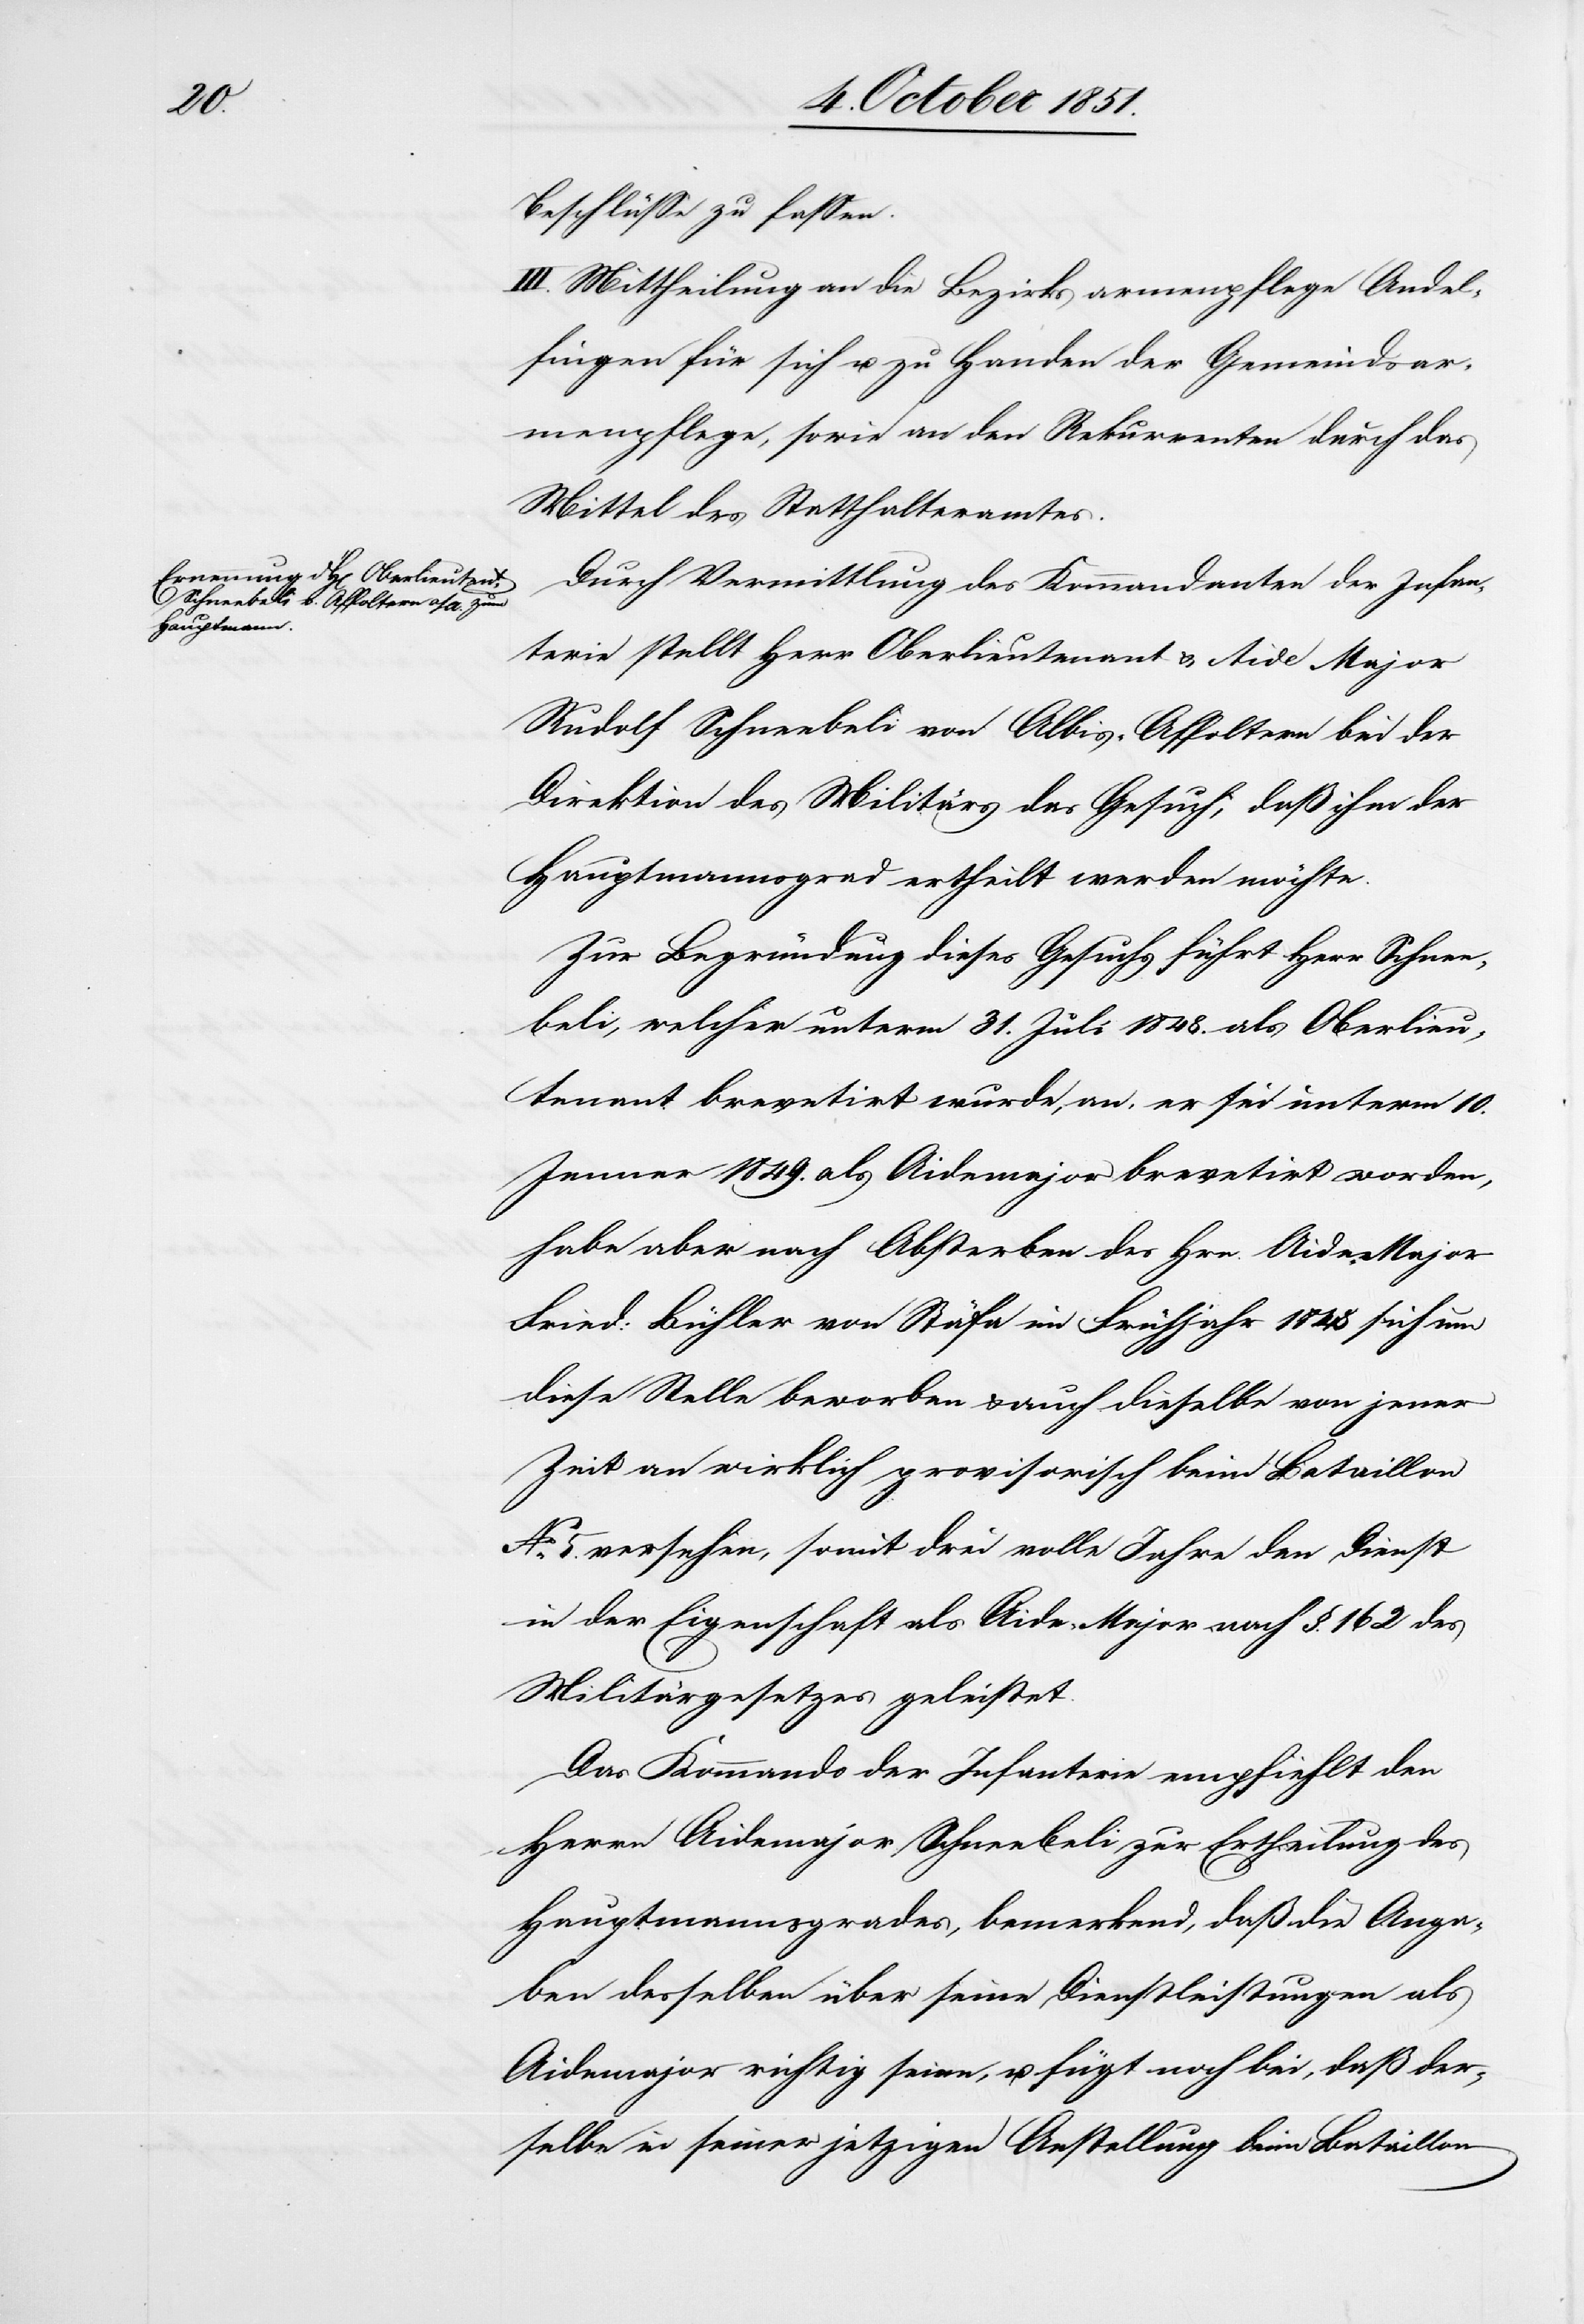
Beschlüsse zu fassen.
III. Mittheilung an die Bezirksarmenpflege Andel¬
fingen für sich u. zu Handen der Gemeindsar¬
menpflege, sowie an den Rekurrenten durch das
Mittel des Statthalteramtes.
Durch Vermittlung des Kommandanten der Infan¬
terie stellt Herr Oberlieutenant & Aide Major
Rudolf Schneebeli von Albis-Affoltern bei der
Direktion des Militärs das Gesuch, daß ihm der
Hauptmannsgrad ertheilt werden möchte.
Zur Begründung dieses Gesuchs führt Herr Schnee¬
beli, welcher unterm 31. Juli 1848. als Oberlieu¬
tenant brevetirt wurde, an, er sei unterm 10.
Jenner 1849. als Aidemajor brevetirt worden,
habe aber nach Absterben des Hrn. Aide-Major
Fried: Bühler von Stäfa im Frühjahr 1848 sich um
diese Stelle beworben & auch dieselbe von jener
Zeit an wirklich provisorisch beim Bataillon
No. 5 versehen, somit drei volle Jahre den Dienst
in der Eigenschaft als Aide-Major nach §. 162 des
Militärgesetzes geleistet.
Das Kommando der Infanterie empfiehlt den
Herrn Aidemajor Schneebeli zur Ertheilung des
Hauptmannsgrades, bemerkend, daß die Anga¬
ben desselben über seine Dienstleistungen als
Aidemajor richtig seien, u. fügt noch bei, daß der¬
selbe in seiner jetzigen Anstellung beim Bataillon